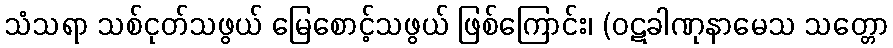
သံသရာ သစ်ငုတ်သဖွယ် မြေစောင့်သဖွယ် ဖြစ်ကြောင်း၊ (ဝဋခါဏုနာမေသ သတ္တော